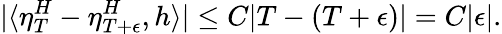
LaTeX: |\langle\eta_{T}^{H}-\eta_{T+\epsilon}^{H},h\rangle|\leq C|T-(T+\epsilon)|=C|\epsilon|.